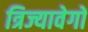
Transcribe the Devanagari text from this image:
त्रिज्यावेगों